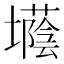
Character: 𡓅